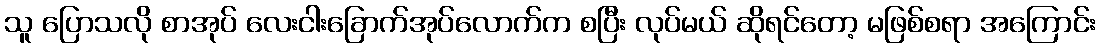
သူ ပြောသလို စာအုပ် လေးငါးခြောက်အုပ်လောက်က စပြီး လုပ်မယ် ဆိုရင်တော့ မဖြစ်စရာ အကြောင်း